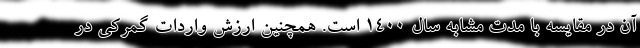
آن در مقایسه با مدت مشابه سال ۱۴۰۰ است. همچنین ارزش واردات گمرکی در